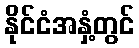
နိုင်ငံအနှံ့တွင်